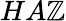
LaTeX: HA\mathbb{Z}